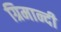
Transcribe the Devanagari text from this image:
ग्रिमान्दी